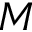
M